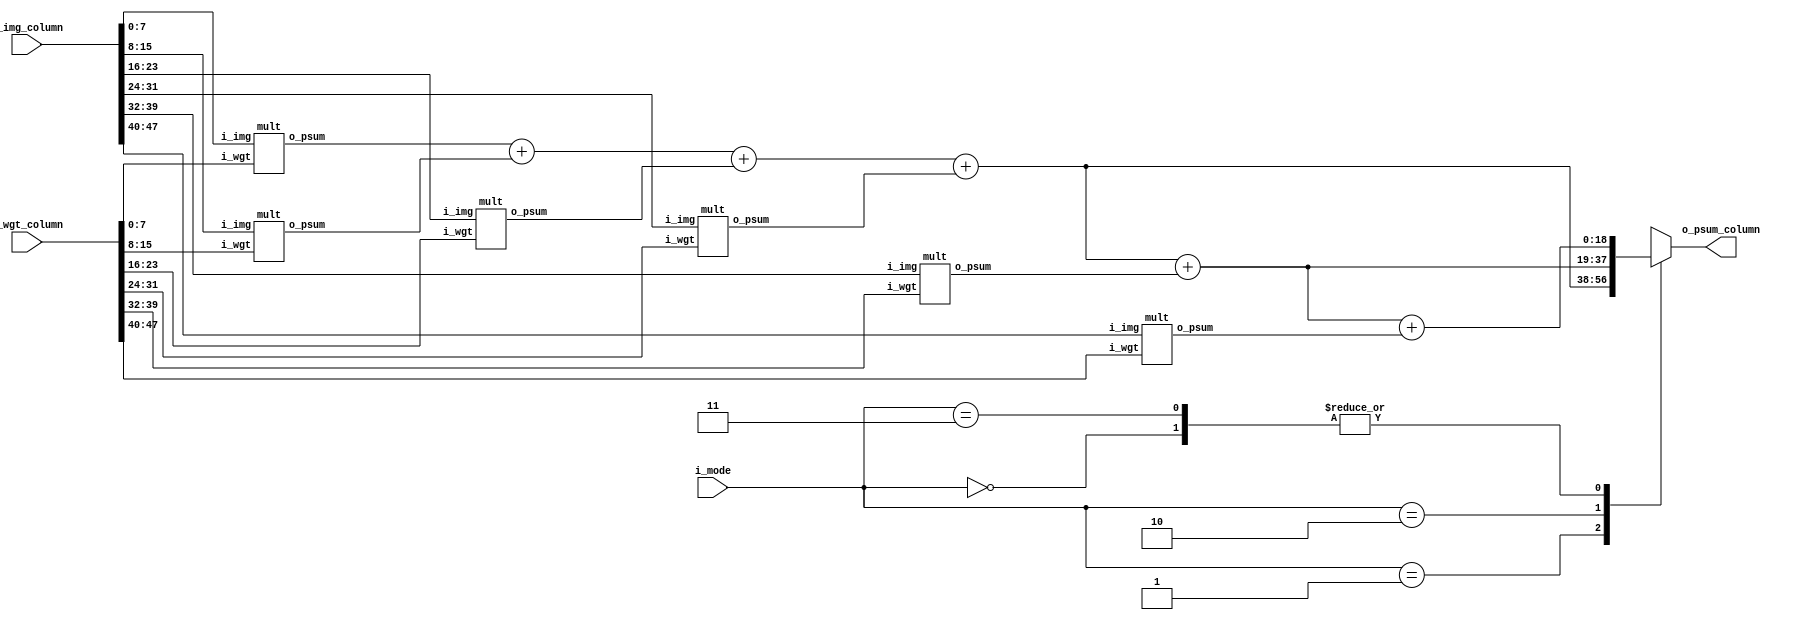
// MAC_column

module pe_mac
#(parameter
	DATA_WIDTH = 8,
	COLUMN_NUM = 6,
	COLUMN_DATA_WIDTH = DATA_WIDTH*COLUMN_NUM,
	OUT_WIDTH = 2*DATA_WIDTH,
	COLUMN_OUT_WIDTH = OUT_WIDTH+3
	)
(
	input [COLUMN_DATA_WIDTH-1:0] i_img_column,
	input signed [COLUMN_DATA_WIDTH-1:0] i_wgt_column,
	input [1:0] i_mode,
	// input signed [OUT_WIDTH-1:0] i_psum_column,

	output reg [COLUMN_OUT_WIDTH-1:0] o_psum_column
	);


	wire signed [OUT_WIDTH-1:0] MAC_psum[0:COLUMN_NUM-1];

	generate
		genvar i;
		for (i = 0; i < COLUMN_NUM; i = i + 1)
		begin: one_MAC_colum
			mult mult_inst(
				.i_img(i_img_column[(i+1)*DATA_WIDTH-1:i*DATA_WIDTH]),
				.i_wgt(i_wgt_column[(i+1)*DATA_WIDTH-1:i*DATA_WIDTH]),
				.o_psum(MAC_psum[i])
				);
		end
	endgenerate

	always @(*) begin
		case (i_mode)
			2'b00: o_psum_column = MAC_psum[0]+MAC_psum[1]+MAC_psum[2]+MAC_psum[3]+MAC_psum[4]+MAC_psum[5]; // 4-3x3
			2'b01: o_psum_column = MAC_psum[0]+MAC_psum[1]+MAC_psum[2]+MAC_psum[3]; // 4x4
			2'b10: o_psum_column = MAC_psum[0]+MAC_psum[1]+MAC_psum[2]+MAC_psum[3]+MAC_psum[4]; // 5x5
			2'b11: o_psum_column = MAC_psum[0]+MAC_psum[1]+MAC_psum[2]+MAC_psum[3]+MAC_psum[4]+MAC_psum[5]; // 6x6
		endcase
	end
		
endmodule

module mult
#(parameter
        DATA_WIDTH = 8,
        OUT_WIDTH = 2*DATA_WIDTH
        )
(
        input signed [DATA_WIDTH-1:0] i_img,
        input signed [DATA_WIDTH-1:0] i_wgt,
        //input signed [OUT_WIDTH-1:0] i_psum,
        //
        output wire signed [OUT_WIDTH-1:0] o_psum
        );

        assign  o_psum= i_img*i_wgt;
 
endmodule